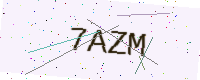
Text: 7AZM